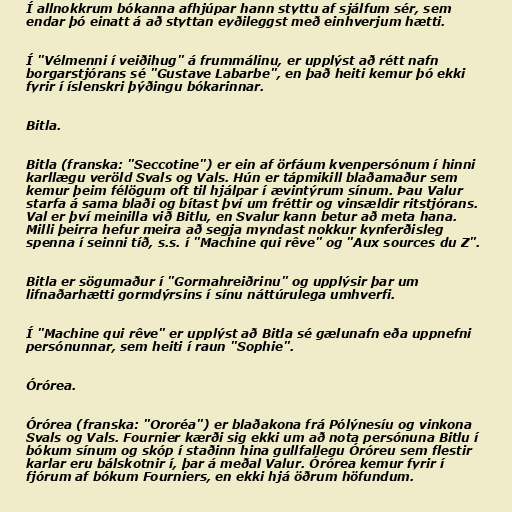
Í allnokkrum bókanna afhjúpar hann styttu af sjálfum sér, sem
endar þó einatt á að styttan eyðileggst með einhverjum hætti.

Í "Vélmenni í veiðihug" á frummálinu, er upplýst að rétt nafn
borgarstjórans sé "Gustave Labarbe", en það heiti kemur þó ekki
fyrir í íslenskri þýðingu bókarinnar.

Bitla.

Bitla (franska: "Seccotine") er ein af örfáum kvenpersónum í hinni
karllægu veröld Svals og Vals. Hún er tápmikill blaðamaður sem
kemur þeim félögum oft til hjálpar í ævintýrum sínum. Þau Valur
starfa á sama blaði og bítast því um fréttir og vinsældir ritstjórans.
Val er því meinilla við Bitlu, en Svalur kann betur að meta hana.
Milli þeirra hefur meira að segja myndast nokkur kynferðisleg
spenna í seinni tíð, s.s. í "Machine qui rêve" og "Aux sources du Z".

Bitla er sögumaður í "Gormahreiðrinu" og upplýsir þar um
lifnaðarhætti gormdýrsins í sínu náttúrulega umhverfi.

Í "Machine qui rêve" er upplýst að Bitla sé gælunafn eða uppnefni
persónunnar, sem heiti í raun "Sophie".

Órórea.

Órórea (franska: "Ororéa") er blaðakona frá Pólýnesíu og vinkona
Svals og Vals. Fournier kærði sig ekki um að nota persónuna Bitlu í
bókum sínum og skóp í staðinn hina gullfallegu Óróreu sem flestir
karlar eru bálskotnir í, þar á meðal Valur. Órórea kemur fyrir í
fjórum af bókum Fourniers, en ekki hjá öðrum höfundum.